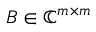
B \in \mathbb { C } ^ { m \times m }